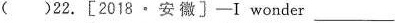
( )22.[2018·安徽〕-I wonder ___